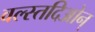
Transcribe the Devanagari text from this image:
वल्स्तदिओन्